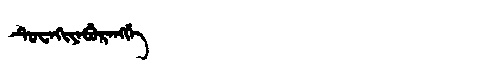
Manchu: ᡨᡠᠸᠠᡴᡳᠶᠠᠪᡠᡵᠠᠩᡤᡝ
Romanization: TUWAKIYABURANGGE